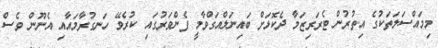
މިމައްސަލަތަކުގެ އިތުރުން ޓެރަރިޒަމާ ދެކޮޅަށް ބައިނަލްއަގްވާމީ ފެންވަރުގައި ކުރެވޭ ހަނގުރާމައާއި އެނޫން ވެސް